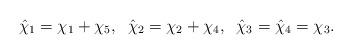
LaTeX: \begin{align*}\hat\chi_{1}=\chi_{1}+\chi_{5},\;\;\hat\chi_{2}=\chi_{2}+\chi_{4},\;\; \hat\chi_{3}=\hat\chi_{4}=\chi_{3}. \end{align*}